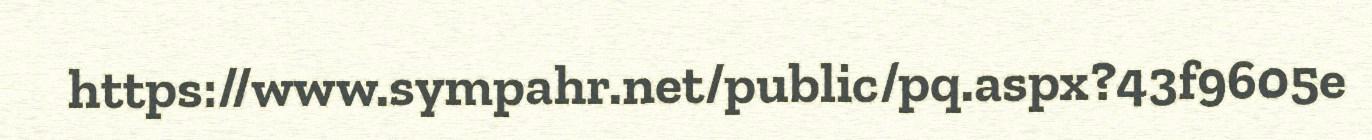
https://www.sympahr.net/public/pq.aspx?43f9605e